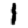
Digit: 1